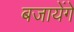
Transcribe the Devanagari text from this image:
बजायेंगे